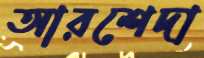
আরশেদা